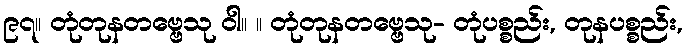
၉၇။ တုံတုနတဗ္ဗေသု ဝါ။ ။ တုံတုနတဗ္ဗေသု- တုံပစ္စည်း, တုနပစ္စည်း,